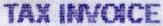
TAX INVOICE